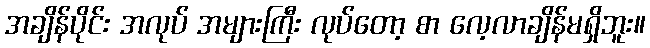
အချိန်ပိုင်း အလုပ် အများကြီး လုပ်တော့ စာ လေ့လာချိန်မရှိဘူး။